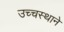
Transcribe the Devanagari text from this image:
उच्चस्थाने